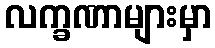
လက္ခဏာများမှာ